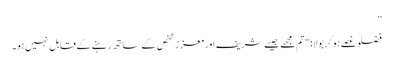
”
فضلو غصے ہو کر بولا: "تم مجھے جیسے شریف اور معزز شخص کے ساتھ رہنے کے قابل نہیں ہو۔